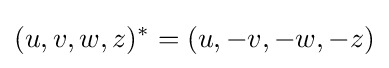
(u,v,w,z)^{*}=(u,-v,-w,-z)